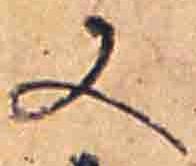
又